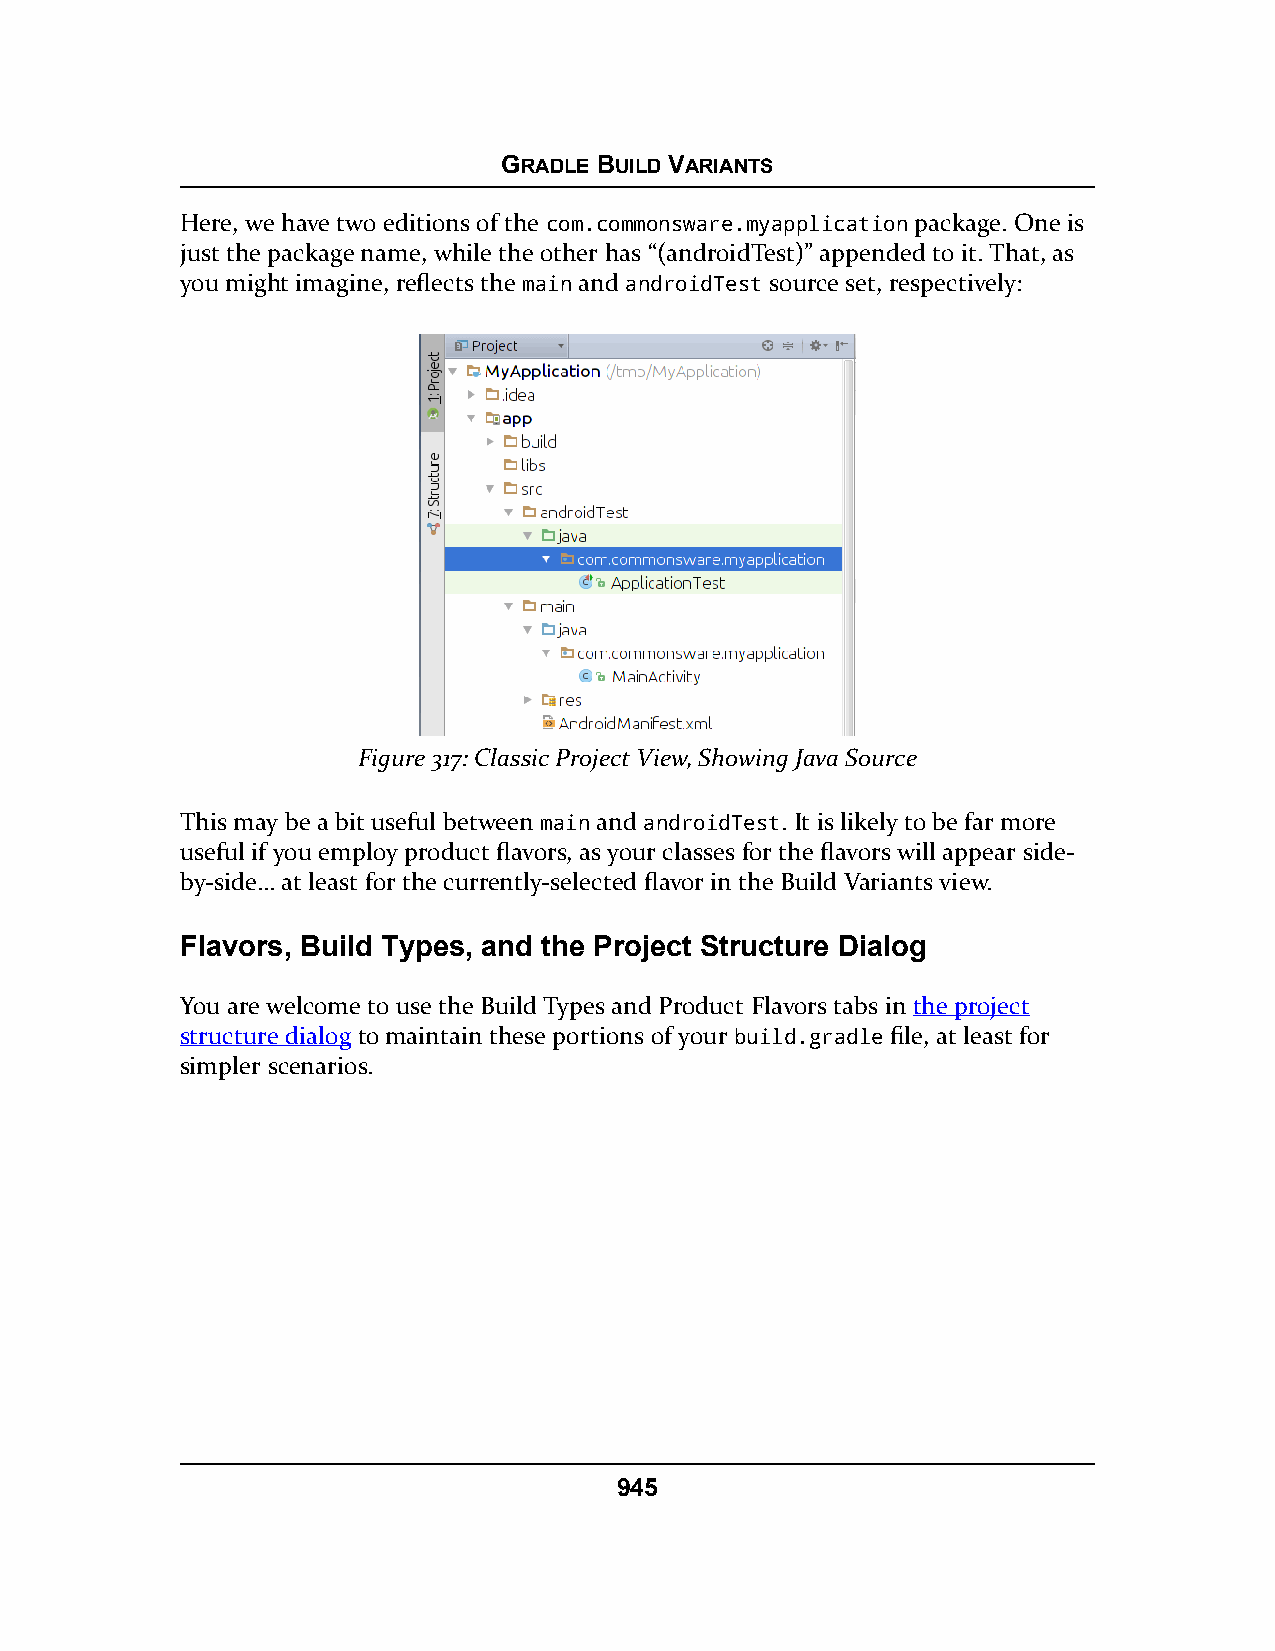
GRADLE BUILD VARIANTS
 Here, we have two editions of the com.commonsware.myapplication package. One is
 just the package name, while the other has “(androidTest)” appended to it. That, as
 you might imagine, reflects the main and androidTest source set, respectively:
 Figure 317: Classic Project View, Showing Java Source
 This may be a bit useful between main and androidTest. It is likely to be far more
 useful if you employ product flavors, as your classes for the flavors will appear side-
 by-side… at least for the currently-selected flavor in the Build Variants view.
 Flavors, Build Types, and the Project Structure Dialog
 You are welcome to use the Build Types and Product Flavors tabs in the project
 structure dialog to maintain these portions of your build.gradle file, at least for
 simpler scenarios.
 945